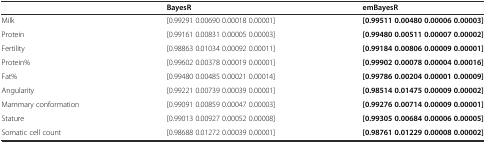
<table><thead><tr><td></td><td><b>BayesR</b></td><td><b>emBayesR</b></td></tr></thead><tbody><tr><td>Milk</td><td>[0.99291 0.00690 0.00018 0.00001]</td><td><b>[0.99511 0.00480 0.00006 0.00003]</b></td></tr><tr><td>Protein</td><td>[0.99161 0.00831 0.00005 0.00003]</td><td><b>[0.99480 0.00511 0.00007 0.00002]</b></td></tr><tr><td>Fertility</td><td>[0.98863 0.01034 0.00092 0.00011]</td><td><b>[0.99184 0.00806 0.00009 0.00001]</b></td></tr><tr><td>Protein%</td><td>[0.99602 0.00378 0.00019 0.00001]</td><td><b>[0.99902 0.00078 0.00004 0.00016]</b></td></tr><tr><td>Fat%</td><td>[0.99480 0.00485 0.00021 0.00014]</td><td><b>[0.99786 0.00204 0.00001 0.00009]</b></td></tr><tr><td>Angularity</td><td>[0.99221 0.00739 0.00039 0.00001]</td><td><b>[0.98514 0.01475 0.00009 0.00002]</b></td></tr><tr><td>Mammary conformation</td><td>[0.99091 0.00859 0.00047 0.00003]</td><td><b>[0.99276 0.00714 0.00009 0.00001]</b></td></tr><tr><td>Stature</td><td>[0.99013 0.00927 0.00052 0.00008]</td><td><b>[0.99305 0.00684 0.00006 0.00005]</b></td></tr><tr><td>Somatic cell count</td><td>[0.98688 0.01272 0.00039 0.00001]</td><td><b>[0.98761 0.01229 0.00008 0.00002]</b></td></tr></tbody></table>